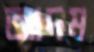
আদম